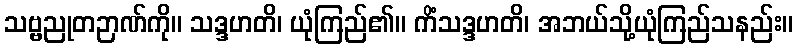
သဗ္ဗညုတဉာဏ်ကို။ သဒ္ဒဟတိ၊ ယုံကြည်၏။ ကိံသဒ္ဒဟတိ၊ အဘယ်သို့ယုံကြည်သနည်း။